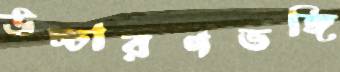
উচ্চারণভঙ্গি